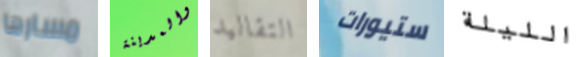
مسارها والمدينة التقاليد ستيورات الليلة